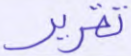
تقرير